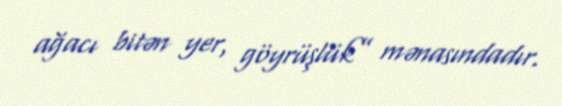
ağacı bitən yer, göyrüşlük” mənasındadır.